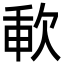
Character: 㰱